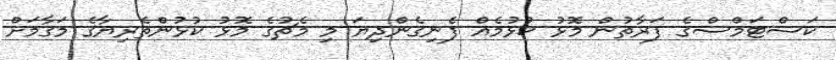
ކަސްޓަމްސްގެ ފަރާތުން މޮޅު ކުޅުމެއް ފެނިގެންދިޔަ މި މެޗުގެ މޮޅު ކުޅުންތެރިޔާގެ މަގާމަށް